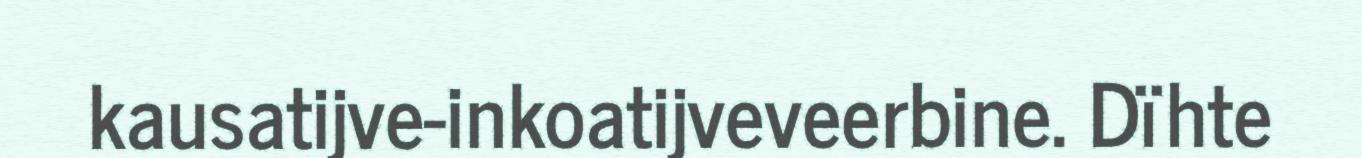
kausatijve-inkoatijveveerbine. Dïhte